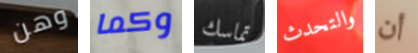
وهن وكما تماسك والتحدث أن